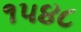
૧૫૪૮